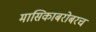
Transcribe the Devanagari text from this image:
मासिकाबरोबरच